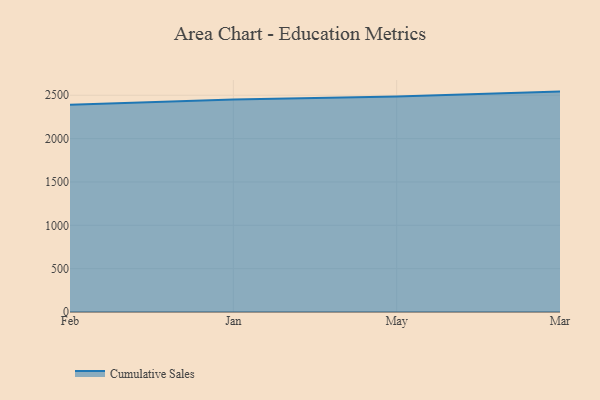
{"axis": {"x": "Month", "y": "Conversion Rate (%)"}, "legend": ["Cumulative Sales"], "data": [{"x": "Feb", "y": 2391.3, "type": "Cumulative Sales"}, {"x": "Jan", "y": 2449.7, "type": "Cumulative Sales"}, {"x": "May", "y": 2486.9, "type": "Cumulative Sales"}, {"x": "Mar", "y": 2542.2, "type": "Cumulative Sales"}]}